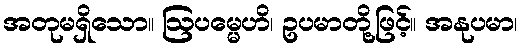
အတုမရှိသော။ ဩပမ္မေဟိ၊ ဥပမာတို့ဖြင့်။ အနုပမာ၊